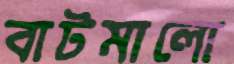
বাটমালো